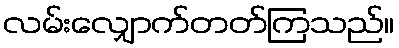
လမ်းလျှောက်တတ်ကြသည်။